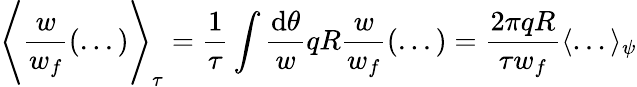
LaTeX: \Bigg\langle\frac{w}{w_{f}}(...)\Bigg\rangle_{\tau}=\frac{1}{\tau}\int\frac{\mathrm{d}\theta}{w}qR\frac{w}{w_{f}}(...)=\frac{2\pi qR}{\tau w_{f}}\langle...\rangle_{\psi}